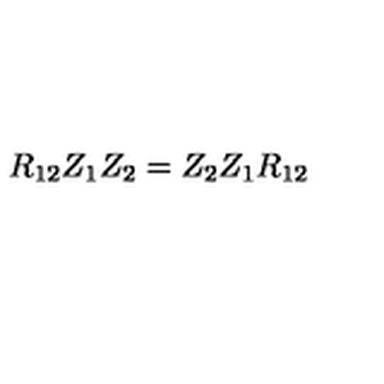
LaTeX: R _ { 1 2 } Z _ { 1 } Z _ { 2 } = Z _ { 2 } Z _ { 1 } R _ { 1 2 }